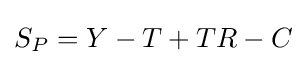
S_{P}=Y-T+TR-C